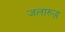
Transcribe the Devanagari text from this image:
जलारुद्ध